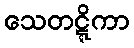
သေတဋ္ဋိကာ